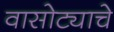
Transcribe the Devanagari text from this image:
वासोट्याचे